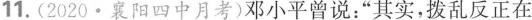
11.(2020·襄阳四中月考)邓小平曾说：”其实，拨乱反正在